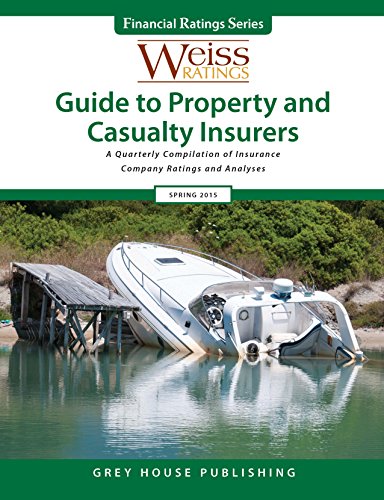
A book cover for Weiss Ratings Guide to Property & Casualty Insurers, Summer 2015; Inc. Weiss Ratings; Business & Money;